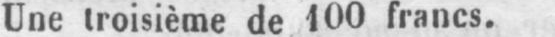
Une troisième de 100 francs.